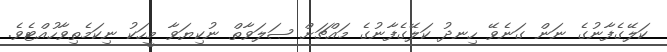
ކަލޭގެފާނުގެ ނަން ގަނެވޭ ހިނދު ކަލޭގެފާނުގެ މައްޗަށް ޞަލަވާތް ނުކިޔަވާ މީހަކު ނިކަމެތިވާހުއްޓެވެ.